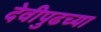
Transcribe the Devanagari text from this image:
देवीपुढच्या